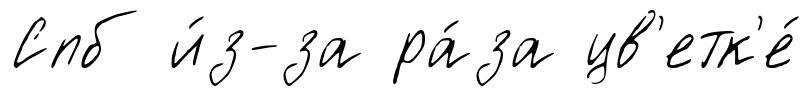
Спб и́з-за ра́за цв'етк'е́